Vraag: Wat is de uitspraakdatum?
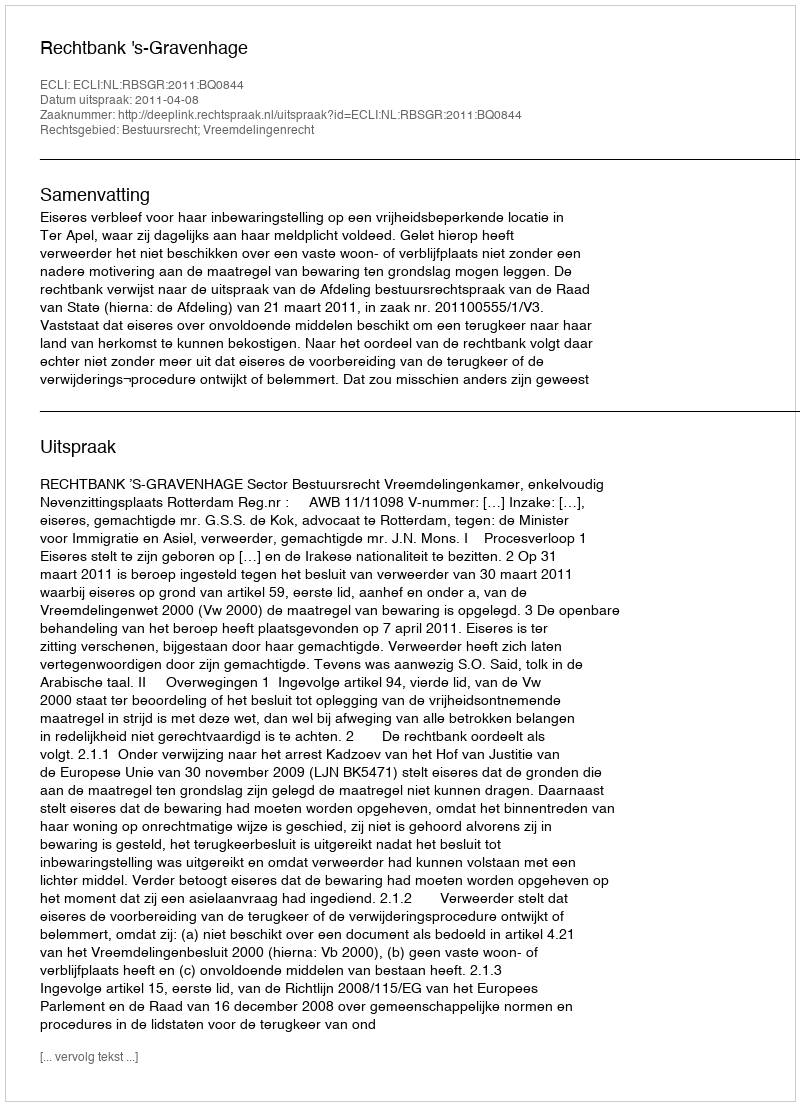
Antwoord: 2011-04-08